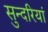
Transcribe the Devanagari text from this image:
सुन्दरियां